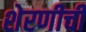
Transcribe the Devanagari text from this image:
शेरणीची